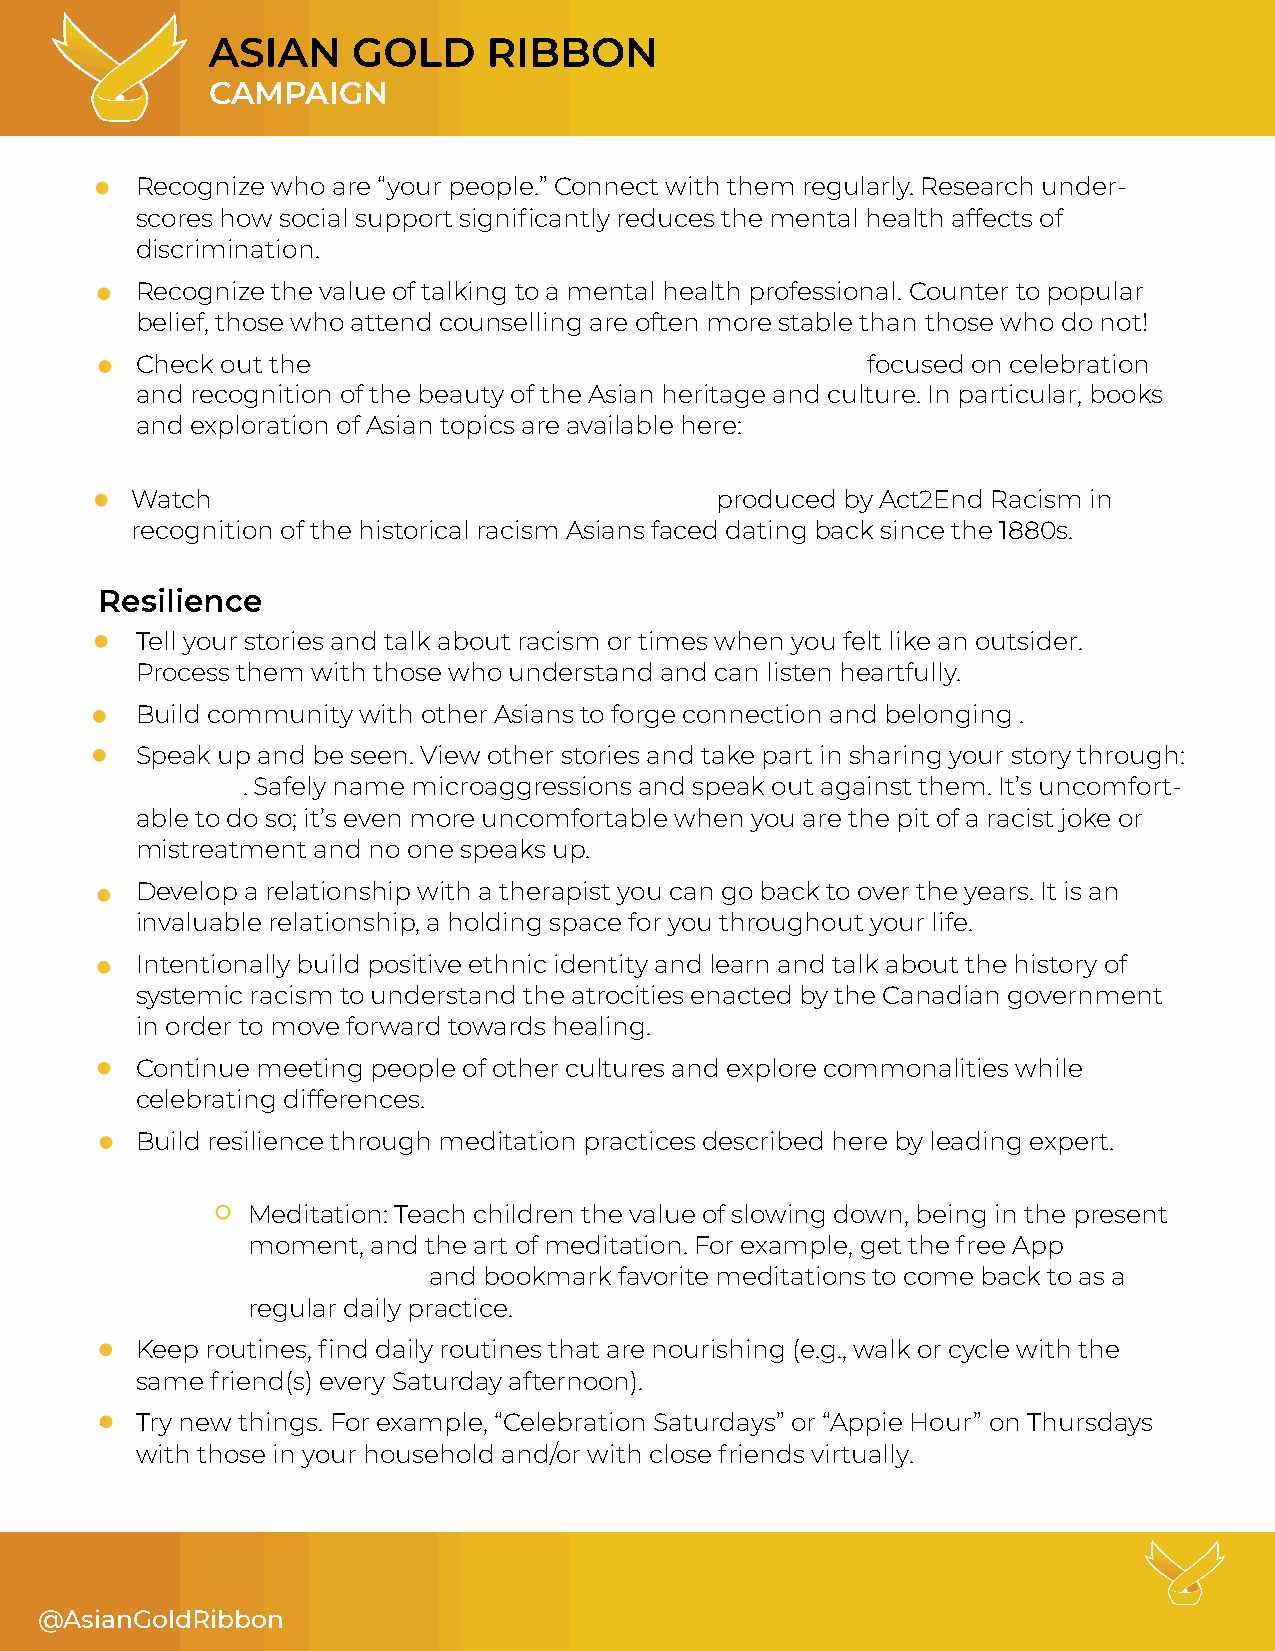
CAMPAIGN
 • Recognize who are “your people.” Connect with them regularly. Research under-
 scores how social support significantly reduces the mental health affects of
 discrimination.
 • Recognize the value of talking to a mental health professional. Counter to popular
 belief, those who attend counselling are often more stable than those who do not!
 • Check out the                                   focused on celebration
 and recognition of the beauty of the Asian heritage and culture. In particular, books
 and exploration of Asian topics are available here:
 •  Watch                                 produced by Act2End Racism in
 recognition of the historical racism Asians faced dating back since the 1880s.
 Resilience
 • Tell your stories and talk about racism or times when you felt like an outsider.
 Process them with those who understand and can listen heartfully.
 • Build community with other Asians to forge connection and belonging .
 • Speak up and be seen. View other stories and take part in sharing your story through:
 . Safely name microaggressions and speak out against them. It’s uncomfort-
 able to do so; it’s even more uncomfortable when you are the pit of a racist joke or
 mistreatment and no one speaks up.
 • Develop a relationship with a therapist you can go back to over the years. It is an
 invaluable relationship, a holding space for you throughout your life.
 • Intentionally build positive ethnic identity and learn and talk about the history of
 systemic racism to understand the atrocities enacted by the Canadian government
 in order to move forward towards healing.
 • Continue meeting people of other cultures and explore commonalities while
 celebrating differences.
 • Build resilience through meditation practices described here by leading expert.
 Meditation: Teach children the value of slowing down, being in the present
 moment,  and the art of meditation. For example, get the free App
 and bookmark favorite meditations to come back to as a
 regular daily practice.
 • Keep routines, find daily routines that are nourishing (e.g., walk or cycle with the
 same friend(s) every Saturday afternoon).
 • Try new things. For example, “Celebration Saturdays” or “Appie Hour” on Thursdays
 with those in your household and/or with close friends virtually.
 @AsianGoldRibbon